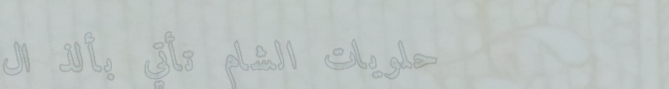
حلويات الشام تأتي بألذ ال